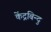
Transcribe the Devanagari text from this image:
केंद्रबिन्दु